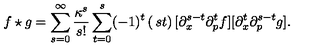
f \star g = \sum _ { s = 0 } ^ { \infty } \frac { \kappa ^ { s } } { s ! } \sum _ { t = 0 } ^ { s } ( - 1 ) ^ { t } \left( \begin{matrix} { s } \\ { t } \\ \end{matrix} \right) [ \partial _ { x } ^ { s - t } \partial _ { p } ^ { t } f ] [ \partial _ { x } ^ { t } \partial _ { p } ^ { s - t } g ] .